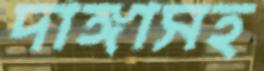
দাঙ্গাসহ